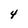
Character: 4